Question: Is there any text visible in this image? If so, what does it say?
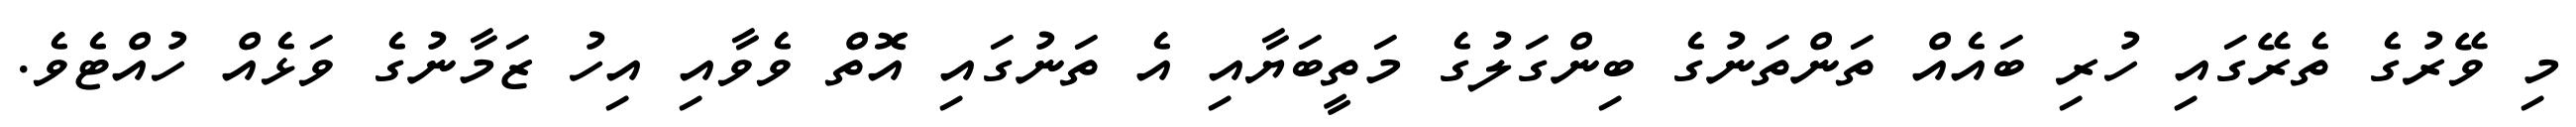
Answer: މި ވޭރުގެ ތެރޭގައި ހުރި ބައެއް ތަންތަނުގެ ބިންގަލުގެ މަތީބަޔާއި އެ ތަނުގައި އޮތް ވެވާއި އިހު ޒަމާނުގެ ވަޅެއް ހުއްޓެވެ.